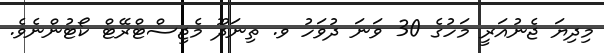
މިދިޔަ ޖެނުއަރީ މަހުގެ 30 ވަނަ ދުވަހު ވ. ތިނަދޫ މެޖިސްޓްރޭޓް ކޯޓުންނެވެ.